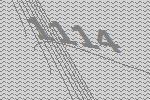
1114